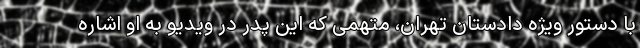
با دستور ویژه دادستان تهران، متهمی که این پدر در ویدیو به او اشاره